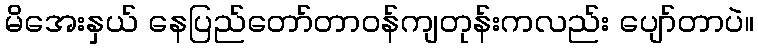
မိအေးနှယ် နေပြည်တော်တာဝန်ကျတုန်းကလည်း ပျော်တာပဲ။